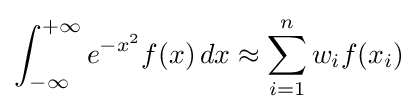
\int _{-\infty }^{+\infty }e^{-x^{2}}f(x)\,dx\approx \sum _{i=1}^{n}w_{i}f(x_{i})